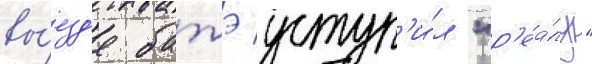
вы́езд'е батэ уступ'и́л "р'еа́лу"